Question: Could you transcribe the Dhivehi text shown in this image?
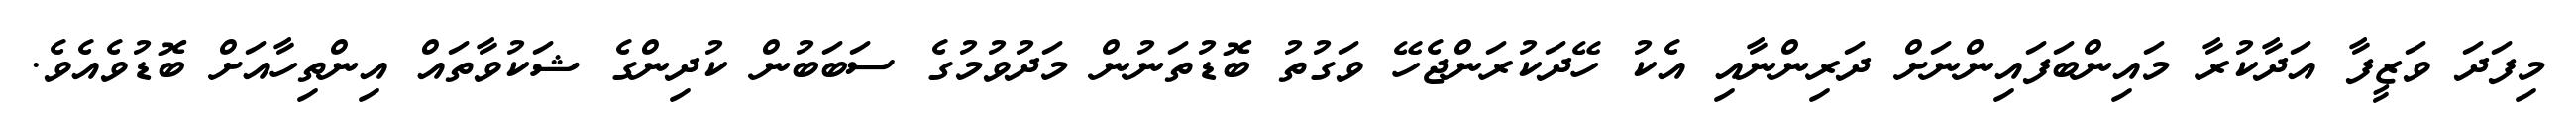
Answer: މިފަދަ ވަޒީފާ އަދާކުރާ މައިންބަފައިންނަށް ދަރިންނާއި އެކު ހޭދަކުރަންޖެހޭ ވަގުތު ބޮޑުތަނުން މަދުވުމުގެ ސަބަބުން ކުދިންގެ ޝަކުވާތައް އިންތިހާއަށް ބޮޑުވެއެވެ.